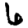
Digit: 6